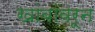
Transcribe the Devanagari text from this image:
खांबांवरून